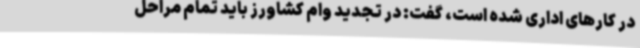
در کارهای اداری شده است، گفت: در تجدید وام کشاورز باید تمام مراحل